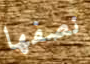
نصفها